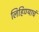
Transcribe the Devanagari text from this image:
लिहिण्याचं